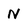
Character: N